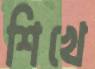
শিখে